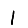
Digit: 1